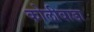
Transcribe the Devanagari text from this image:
कोलीवाडा